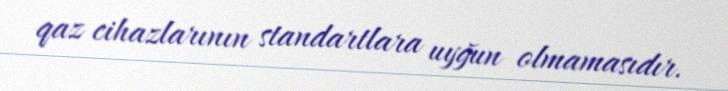
qaz cihazlarının standartlara uyğun olmamasıdır.